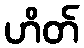
ဟိတ်